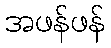
အဖန်ဖန်